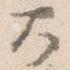
大